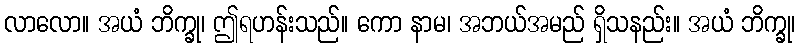
လာလော။ အယံ ဘိက္ခု၊ ဤရဟန်းသည်။ ကော နာမ၊ အဘယ်အမည် ရှိသနည်း။ အယံ ဘိက္ခု၊